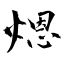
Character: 煾